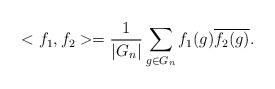
\begin{align*} <f_1, f_2>=\frac{1}{|G_n|}\sum_{g\in G_n}f_1(g)\overline{f_2(g)}.\end{align*}